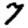
Digit: 7